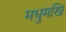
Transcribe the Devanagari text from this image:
मधुमखि